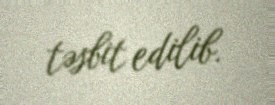
təsbit edilib.